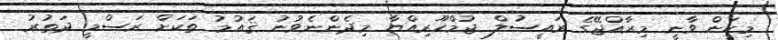
މިކަން ވާނީ މިރާއްޖޭގެ ރައީސުލް ޖުމްހޫރިއްޔާ މިދެންނެވުނު ޤައުމު ތަކަށް ރަސްމީ ދަތުރު